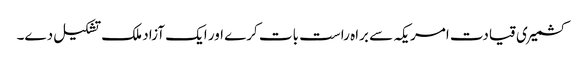
کشمیری قیادت امریکہ سے براہ راست بات کرے اور ایک آزاد ملک تشکیل دے۔